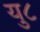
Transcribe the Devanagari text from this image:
यु८